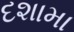
દશામા